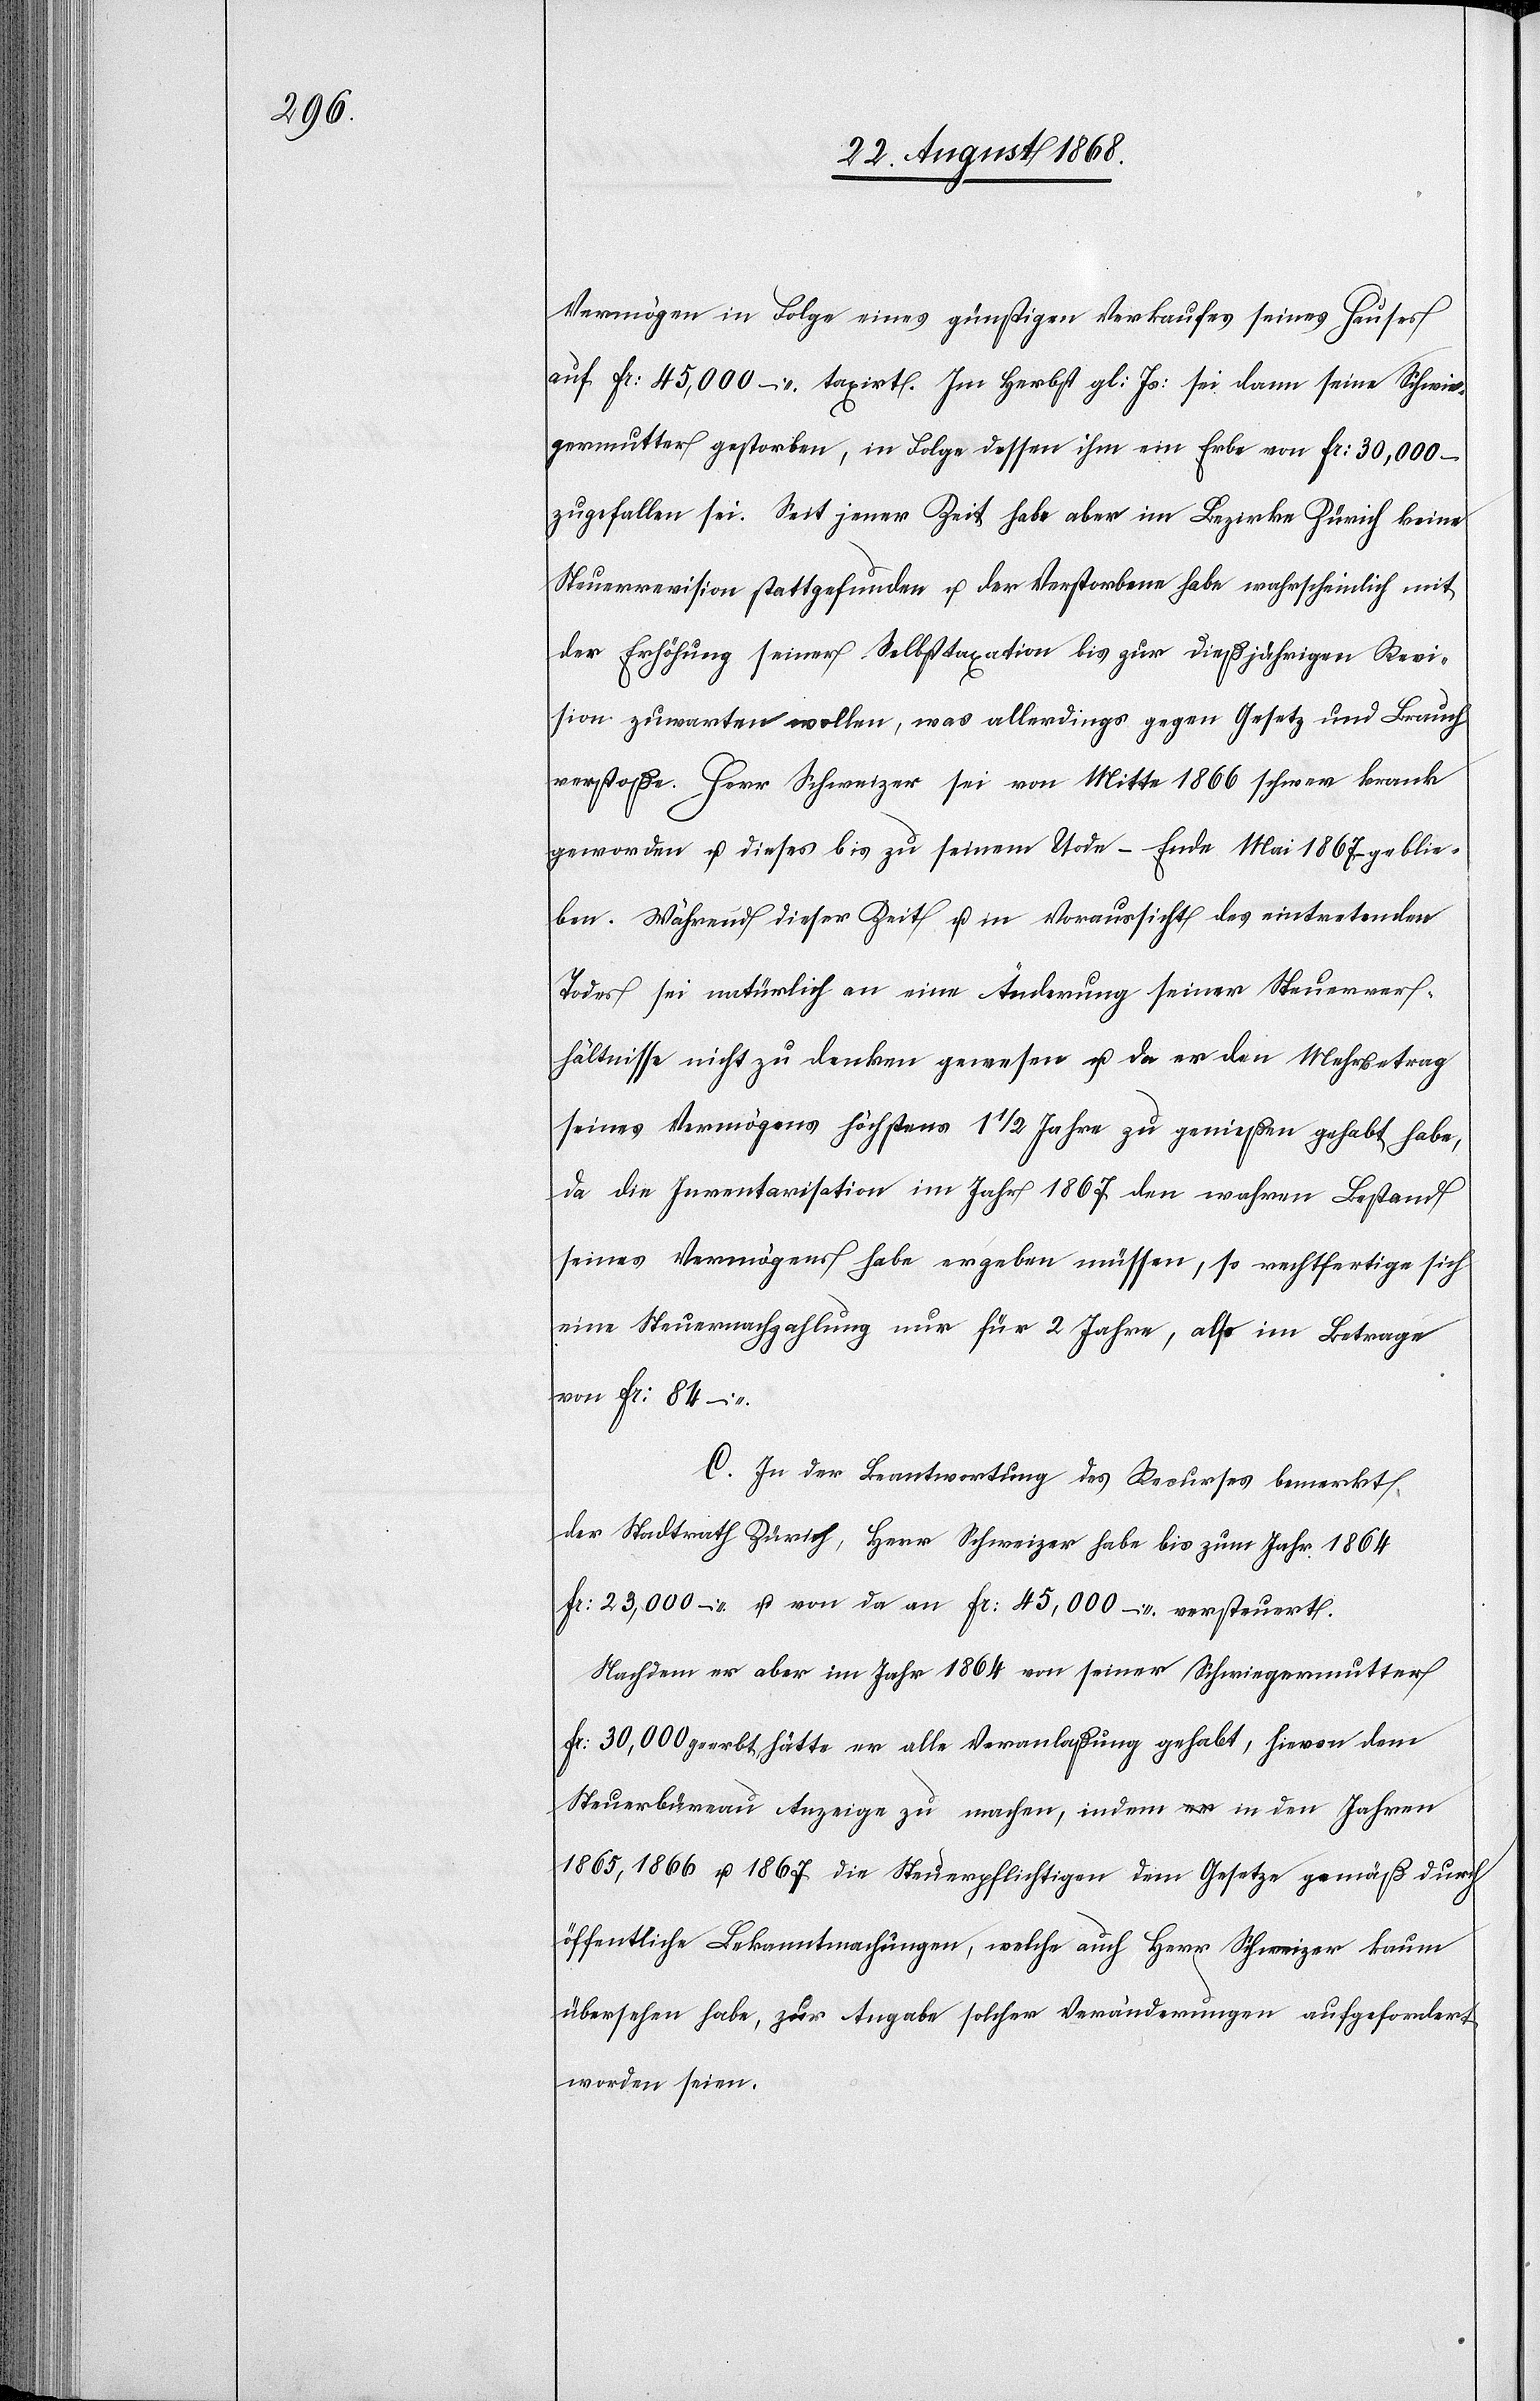
Vermögen in Folge eines günstigen Verkaufes seines Hauses
auf Fr: 45,000 – taxirt. Im Herbst gl: Js: sei dann seine Schwie¬
germutter gestorben, in Folge dessen ihm ein Erbe von Fr: 30,000 –
zugefallen sei. Seit jener Zeit habe aber im Bezirke Zürich keine
Steuerrevision stattgefunden u. der Verstorbene habe wahrscheinlich mit
der Erhöhung seiner Selbsttaxation bis zur dießjährigen Revi¬
sion zuwarten wollen, was allerdings gegen Gesetz und Brauch
verstoße. Herr Schweizer sei von Mitte 1866 schwer krank
geworden u. dieses bis zu seinem Tode – Ende Mai 1867 geblie¬
ben. Während dieser Zeit u. in Voraussicht des eintretenden
Todes sei natürlich an eine Änderung seiner Steuerver¬
hältnisse nicht zu denken gewesen u. da er den Mehrbetrag
seines Vermögens höchstens 1 1/2 Jahre zu genießen gehabt habe,
da die Inventarisation im Jahr 1867 den wahren Bestand
seines Vermögens habe ergeben müssen, so rechtfertige sich
eine Steuernachzahlung nur für 2 Jahre, also im Betrage
von Fr: 84 –.
C. In der Beantwortung des Recurses bemerkt
der Stadtrath Zürich, Herr Schweizer habe bis zum Jahr 1864
Fr: 23,000 – u. von da an Fr: 45,000 – versteuert.
Nachdem er aber im Jahr 1864 von seiner Schwiegermutter
Fr: 30,000 geerbt hätte er alle Veranlaßung gehabt, hievon dem
Steuerbüreau Anzeige zu machen, indem a-er-a in den Jahren
1865, 1866 u. 1867 die Steuerpflichtigen dem Gesetze gemäß durch
öffentliche Bekanntmachungen, welche auch Herr Schweizer kaum
übersehen habe, zur Angabe solcher Veränderungen aufgefordert
worden seien.